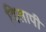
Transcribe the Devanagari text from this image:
विलापी